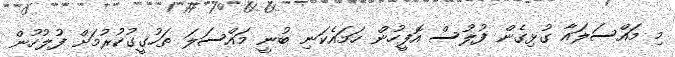
މި މައްސަލައާ ގުޅިގެން ފުލުސް އޮފީހުން ހަމައެކަނި ބުނީ މައްސަލަ ތަހުގީގުކުރުމަށް ފުލުހުން